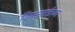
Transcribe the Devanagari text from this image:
विमलताईंच्या